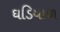
ઘડિયાળ